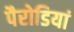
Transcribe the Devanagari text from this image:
पैरोडियां